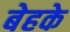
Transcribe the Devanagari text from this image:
बेहके